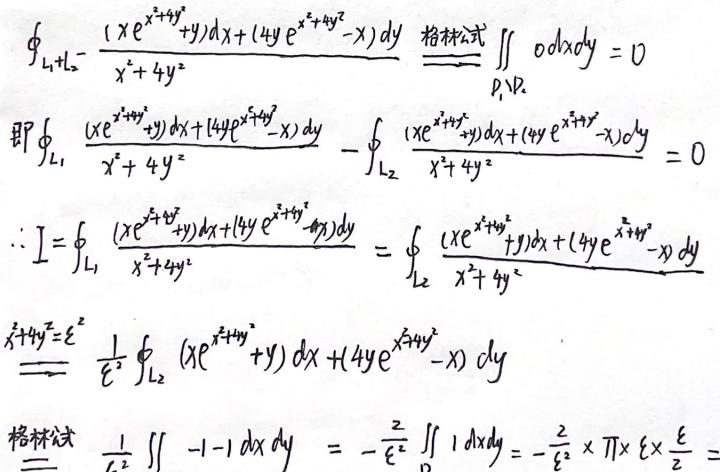
\[
\begin{align*}
&\oint_{L_1 + L_2}\frac{(xe^{x^{2}+4y^{2}}+y)dx+(4ye^{x^{2}+4y^{2}}-x)dy}{x^{2}+4y^{2}}\stackrel{\text{格林公式}}{=}\iint_{D_1\cup D_2}0dxdy = 0\\
&\text{即}\oint_{L_1}\frac{(xe^{x^{2}+4y^{2}}+y)dx+(4ye^{x^{2}+4y^{2}}-x)dy}{x^{2}+4y^{2}}-\oint_{L_2}\frac{(xe^{x^{2}+4y^{2}}+y)dx+(4ye^{x^{2}+4y^{2}}-x)dy}{x^{2}+4y^{2}} = 0\\
&\therefore I=\oint_{L_1}\frac{(xe^{x^{2}+4y^{2}}+y)dx+(4ye^{x^{2}+4y^{2}}-x)dy}{x^{2}+4y^{2}}=\oint_{L_2}\frac{(xe^{x^{2}+4y^{2}}+y)dx+(4ye^{x^{2}+4y^{2}}-x)dy}{x^{2}+4y^{2}}\\
&\stackrel{x^{2}+4y^{2}=\varepsilon^{2}}{=}\frac{1}{\varepsilon^{2}}\oint_{L_2}(xe^{x^{2}+4y^{2}}+y)dx+(4ye^{x^{2}+4y^{2}}-x)dy\\
&\stackrel{\text{格林公式}}{=}\frac{1}{\varepsilon^{2}}\iint_{D}-1 - 1dxdy=-\frac{2}{\varepsilon^{2}}\iint_{D}1dxdy=-\frac{2}{\varepsilon^{2}}\times\pi\times\varepsilon\times\frac{\varepsilon}{2}
\end{align*}
\]